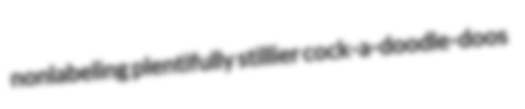
nonlabeling plentifully stillier cock-a-doodle-doos